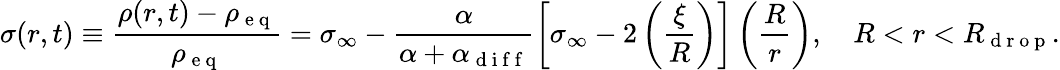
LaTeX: \sigma(r,t)\equiv\frac{\rho(r,t)-\rho_{\mathrm{~e~q~}}}{\rho_{\mathrm{~e~q~}}}=\sigma_{\infty}-\frac{\alpha}{\alpha+\alpha_{\mathrm{~d~i~f~f~}}}\left[\sigma_{\infty}-2\left(\frac{\xi}{R}\right)\right]\left(\frac{R}{r}\right),\quad R<r<R_{\mathrm{~d~r~o~p~}}.